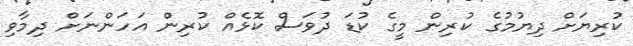
ކުރިޔަށް ދިޔުމުގެ ކުރިން މީގެ ކުޑަ ދުވަސް ކޮޅެއް ކުރިން އަހަންނަށް ދިމާވި